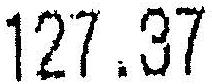
127.37